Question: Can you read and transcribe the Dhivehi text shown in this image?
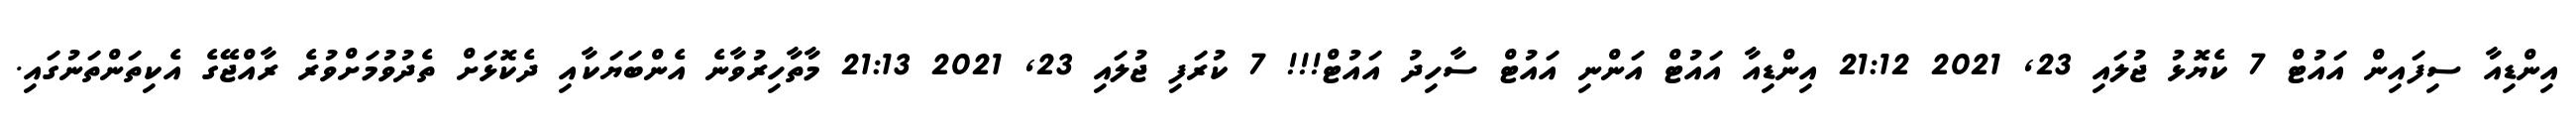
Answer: އިންޑިއާ ސިފައިން އައުޓް 7 ކެޔޮޅު ޖުލައި 23, 2021 21:12 އިންޑިއާ އައުޓް އަންނި އައުޓް ސާހިދު އައުޓް!!! 7 ކުރަފި ޖުލައި 23, 2021 21:13 މާތާހިރުވާނެ އެންބަޔަކާއި ދެކޮޅަށް ތެދުވުމަށްވުރެ ރާއްޖޭގެ އެކިތަންތަނުގައި.